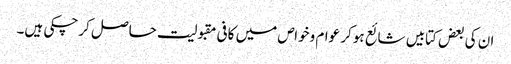
ان کی بعض کتابیں شائع ہوکر عوام وخواص میں کافی مقبولیت حاصل کرچکی ہیں۔